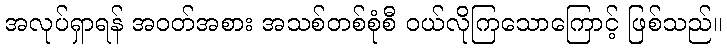
အလုပ်ရှာရန် အဝတ်အစား အသစ်တစ်စုံစီ ဝယ်လိုကြသောကြောင့် ဖြစ်သည်။